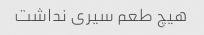
هیچ طعم سیری نداشت